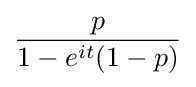
{\frac {p}{1-e^{it}(1-p)}}